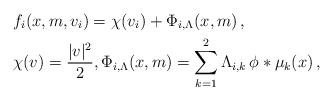
LaTeX: \begin{align*}&f_i(x,m,v_i) = \chi(v_i) + \Phi_{i,\Lambda}(x,m) \, , \\&\chi(v) = \frac{|v|^2}{2}, \Phi_{i,\Lambda}(x,m) = \sum_{k=1}^2 \Lambda_{i,k} \, \phi * \mu_k(x) \, , \end{align*}